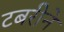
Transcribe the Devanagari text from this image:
टबरीने